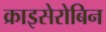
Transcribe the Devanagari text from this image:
क्राइसेरोबिन